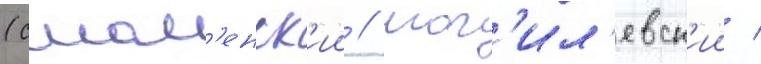
(смол'енск'ии / мог'ил'евск'ии /